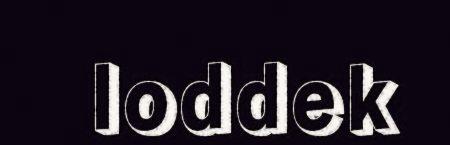
loddek